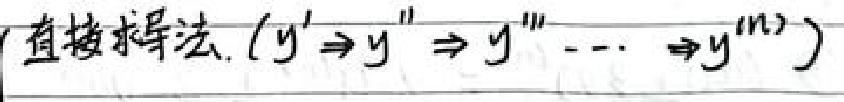
直接求导法. ($y'\Rightarrow y''\Rightarrow y'''\cdots\Rightarrow y^{(n)}$)